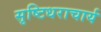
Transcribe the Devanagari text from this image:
सृष्टिधराचार्य